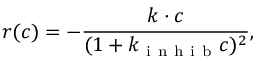
r ( c ) = - \frac { k \cdot c } { ( 1 + k _ { \mathrm { ~ i ~ n ~ h ~ i ~ b ~ } } c ) ^ { 2 } } ,